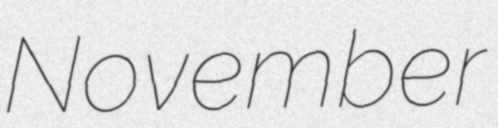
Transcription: November